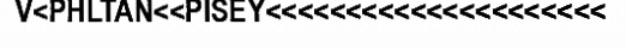
V<PHLTAN<<PISEY<<<<<<<<<<<<<<<<<<<<<